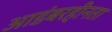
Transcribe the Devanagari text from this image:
आडंबरहीनता